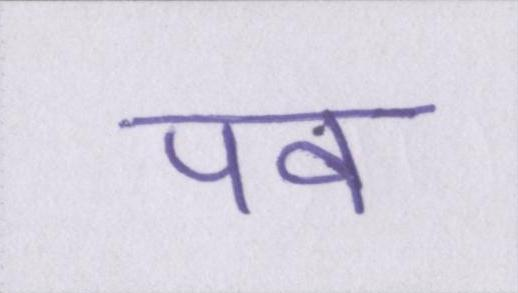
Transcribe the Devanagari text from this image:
पर्वों